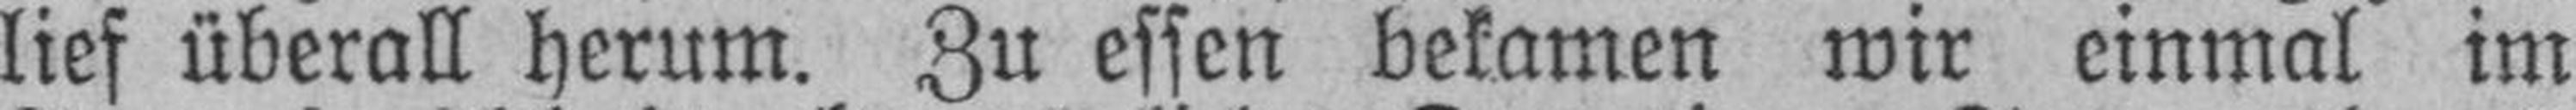
lief überall herum. Zu essen bekamen wir einmal im